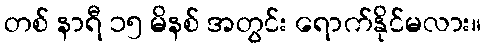
တစ် နာရီ ၁၅ မိနစ် အတွင်း ရောက်နိုင်မလား။